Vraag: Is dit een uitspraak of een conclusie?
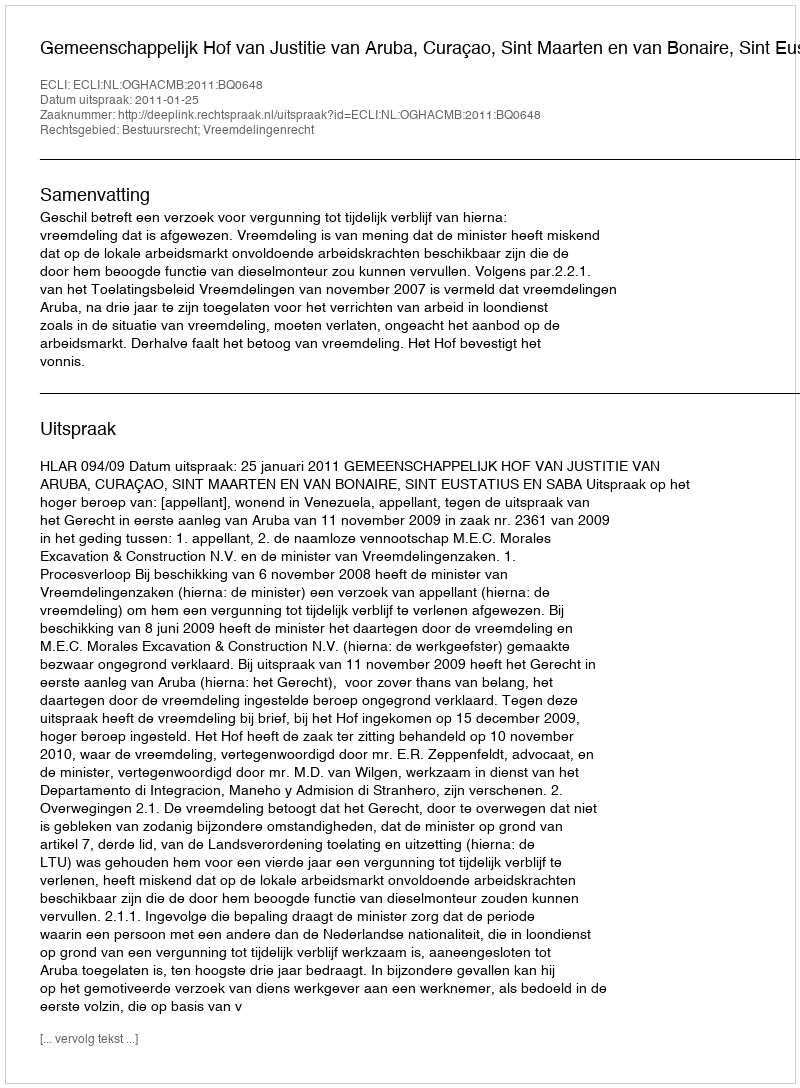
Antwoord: Uitspraak